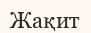
Жақит